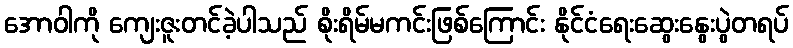
အောဝါကို ကျေးဇူးတင်ခဲ့ပါသည် စိုးရိမ်မကင်းဖြစ်ကြောင်း နိုင်ငံရေးဆွေးနွေးပွဲတရပ်